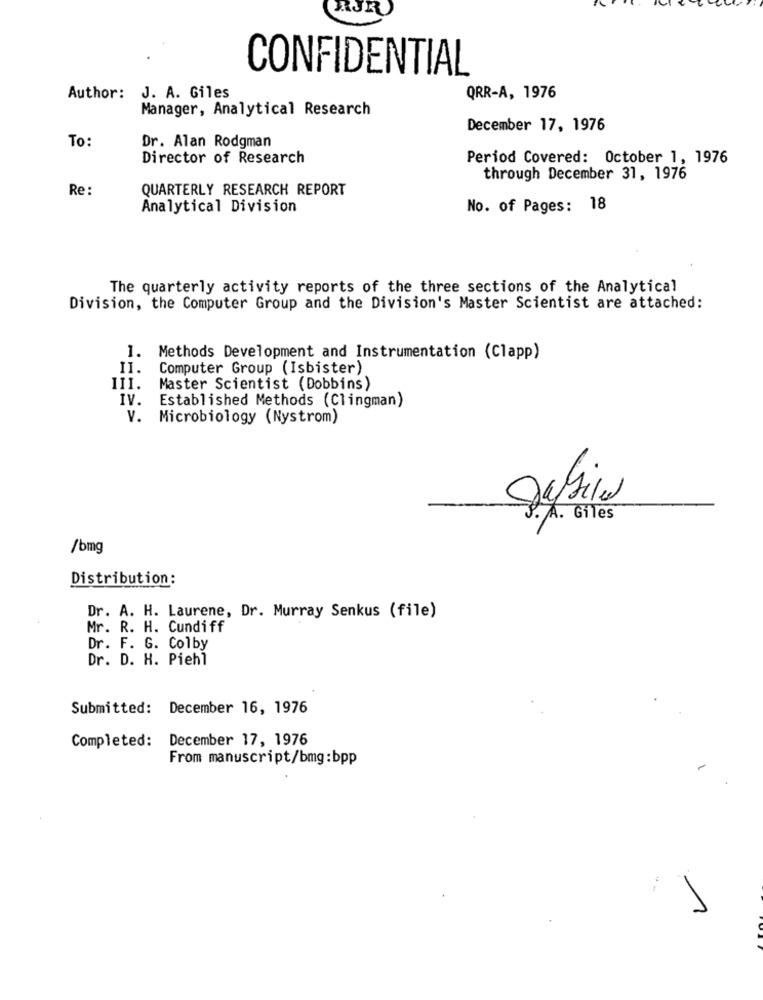
CONFIDENTIAL
Author: J. A. Giles
QRR-A, 1976
Manager, Analytical Research
December 17, 1976
To:
Dr. Alan Rodgman
Director of Research
Period Covered: October 1, 1976
through December 31, 1976
Re :
QUARTERLY RESEARCH REPORT
Analytical Division
No. of Pages: 18
The quarterly activity reports of the three sections of the Analytical
Division, the Computer Group and the Division's Master Scientist are attached:
1. Methods Development and Instrumentation (Clapp)
II.
Computer Group (Isbister)
III.
Master Scientist (Dobbins)
IV.
Established Methods (Clingman)
V. Microbiology (Nystrom)
. A. Giles
/bmg
Distribution:
Dr. A. H. Laurene, Dr. Murray Senkus (file)
Mr. R. H. Cundiff
Dr. F. G. Colby
Dr. D. H. Piehl
Submitted: December 16, 1976
Completed: December 17, 1976
From manuscript/bmg:bpp